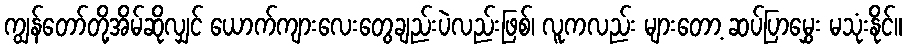
ကျွန်တော်တို့အိမ်ဆိုလျှင် ယောက်ကျားလေးတွေချည်းပဲလည်းဖြစ်၊ လူကလည်း များတော့ ဆပ်ပြာမွှေး မသုံးနိုင်။